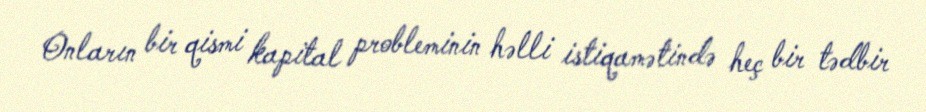
Onların bir qismi kapital probleminin həlli istiqamətində heç bir tədbir